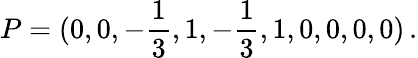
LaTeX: P=(0,0,-\frac{1}{3},1,-\frac{1}{3},1,0,0,0,0)\, .